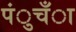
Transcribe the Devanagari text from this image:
पंुचँा